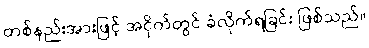
တစ်နည်းအားဖြင့် အငိုက်တွင် ခံလိုက်ရခြင်း ဖြစ်သည်။